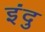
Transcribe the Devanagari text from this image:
इंदु